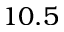
1 0 . 5